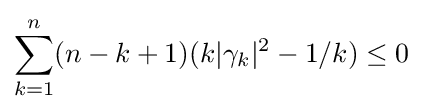
\sum _{k=1}^{n}(n-k+1)(k|\gamma _{k}|^{2}-1/k)\leq 0